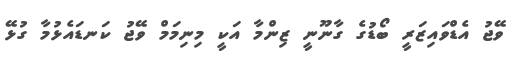
ވޭޖު އެޑްވައިޒަރީ ބޯޑުގެ ގާނޫނީ ޒިންމާ އަކީ މިނިމަމް ވޭޖު ކަނޑައެޅުމާ ގުޅޭ